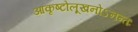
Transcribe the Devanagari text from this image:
आकृष्टोलूखनोऽनन्तः